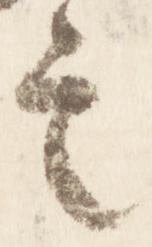
言